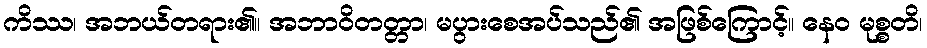
ကိဿ၊ အဘယ်တရား၏။ အဘာဝိတတ္တာ၊ မပွားစေအပ်သည်၏ အဖြစ်ကြောင့်။ နေဝ မုစ္စတိ၊